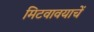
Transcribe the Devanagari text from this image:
मिटवावयाचें